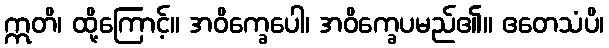
ဣတိ၊ ထို့ကြောင့်။ အဝိက္ခေပေါ၊ အဝိက္ခေပမည်၏။ ဧတေသံပိ၊